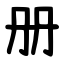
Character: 册